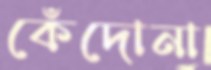
কেঁদোনা